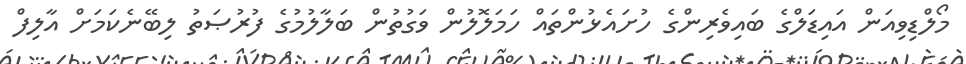
މޯލްޑިވިއަން އައިޑަލްގެ ބައިވެރިންގެ ހުށައެޅުންތައް ހަމަލޮލުން ވަގުތުން ބަލާލުމުގެ ފުރުޞަތު ލިބޭނެކަމަށް އާލިފް